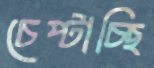
চেপ্‌টাচ্ছি